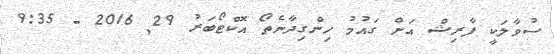
ސުވާލަކީ ފާރިޝް އަށް ގައުމު ހިންގިދާނެތޯ އޮކްޓޯބަރު 29